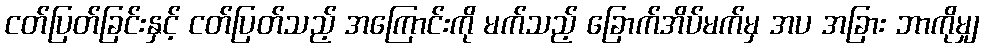
ငတ်ပြတ်ခြင်းနှင့် ငတ်ပြတ်သည့် အကြောင်းကို မက်သည့် ခြောက်အိပ်မက်မှ အပ အခြား ဘာကိုမျှ